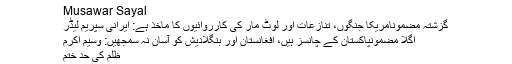
Musawar Sayal
گزشتہ مضمونامریکا جنگوں، تنازعات اور لوٹ مار کی کارروائیوں کا ماخذ ہے: ایرانی سپریم لیڈر
اگلا مضمونپاکستان کے چانسز ہیں، افغانستان اور بنگلادیش کو آسان نہ سمجھیں: وسیم اکرم
ظلم کی حد ختم